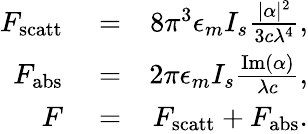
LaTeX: \begin{array}{rlr}{F_{\mathrm{scatt}}}&{{}=}&{8\pi^{3}\epsilon_{m}I_{s}\frac{|\alpha|^{2}}{3c\lambda^{4}},}\\ {F_{\mathrm{abs}}}&{{}=}&{2\pi\epsilon_{m}I_{s}\frac{\mathrm{Im}(\alpha)}{\lambda c},}\\ {F}&{{}=}&{F_{\mathrm{scatt}}+F_{\mathrm{abs}}.}\end{array}